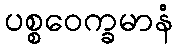
ပစ္စဝေက္ခမာနံ